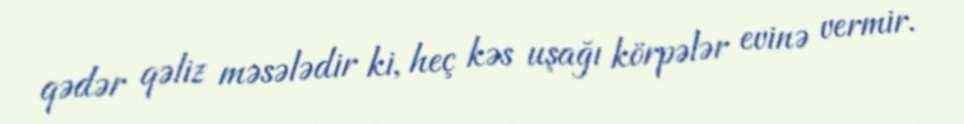
qədər qəliz məsələdir ki, heç kəs uşağı körpələr evinə vermir.